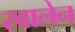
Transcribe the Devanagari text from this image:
स्वालेन